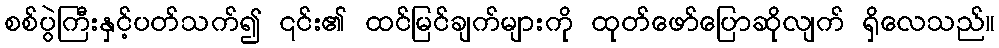
စစ်ပွဲကြီးနှင့်ပတ်သက်၍ ၎င်း၏ ထင်မြင်ချက်များကို ထုတ်ဖော်ပြောဆိုလျက် ရှိလေသည်။